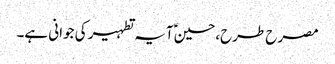
مصرح طرح،حسینؑ آیہ تطہیر کی جوانی ہے۔